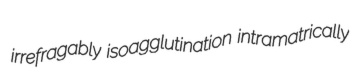
irrefragably isoagglutination intramatrically